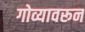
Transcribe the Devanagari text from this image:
गोव्यावरून